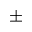
\pm